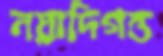
নয়াদিগন্ত